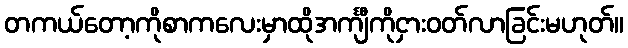
တကယ်တော့ကိုစာကလေးမှာထိုအင်္ကျီကိုငှားဝတ်လာခြင်းမဟုတ်။